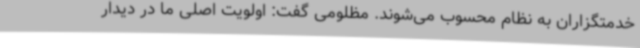
خدمتگزاران به نظام محسوب می‌شوند. مظلومی گفت: اولویت اصلی ما در دیدار